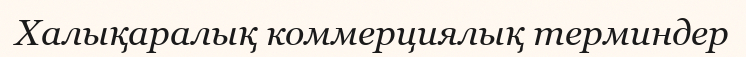
Халықаралық коммерциялық терминдер